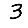
Digit: 3